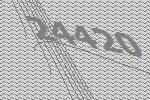
24420